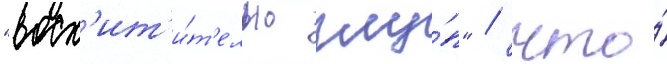
"восх'ит'и́т'ельно глу́п" / что́